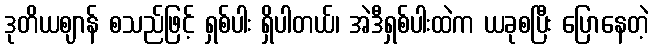
ဒုတိယဈာန် စသည်ဖြင့် ရှစ်ပါး ရှိပါတယ်၊ အဲဒီရှစ်ပါးထဲက ယခုစပြီး ပြောနေတဲ့